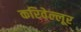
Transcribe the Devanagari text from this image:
करिवेल्लूर